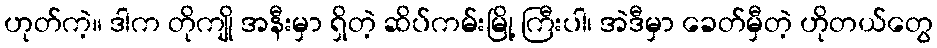
ဟုတ်ကဲ့။ ဒါက တိုကျို အနီးမှာ ရှိတဲ့ ဆိပ်ကမ်းမြို့ ကြီးပါ၊ အဲဒီမှာ ခေတ်မှီတဲ့ ဟိုတယ်တွေ